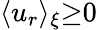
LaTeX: \langle u_{r}\rangle_{\xi}{\ge}0